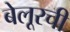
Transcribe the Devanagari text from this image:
बेलूरची